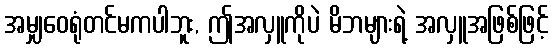
အမျှဝေရုံတင်မကပါဘူး, ဤအလှူကိုပဲ မိဘများရဲ့ အလှူအဖြစ်ဖြင့်